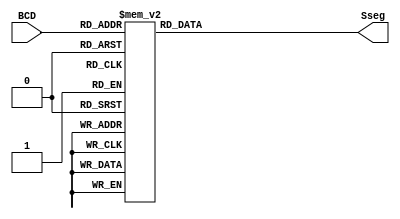
module bcd2sseg(BCD,Sseg);

input  [3:0] BCD;
output reg [6:0] Sseg;


always @(*)begin

	case(BCD)
	
	4'b0000: Sseg=7'b1000000; //0
	4'b0001: Sseg=7'b1111001; //1
	4'b0010: Sseg=7'b0100100; //2
	4'b0011: Sseg=7'b0110000; //3
	4'b0100: Sseg=7'b0011001; //4
	4'b0101: Sseg=7'b0010010; //5
	4'b0110: Sseg=7'b0000010; //6
	4'b0111: Sseg=7'b1111000; //7
	4'b1000: Sseg=7'b0000000; //8
	4'b1001: Sseg=7'b0011000; //9
	4'b1010: Sseg=7'b0001000; //A
	4'b1011: Sseg=7'b1000111; //L
	
	default: Sseg=7'b0111111;
	
	endcase

end


endmodule